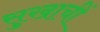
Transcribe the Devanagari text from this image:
सुखाचीं